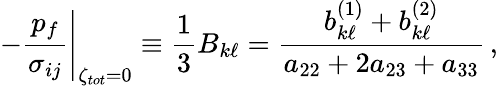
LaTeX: \left.-\frac{p_{f}}{\sigma_{ij}}\right|_{\zeta_{tot}=0}\equiv\frac{1}{3}B_{k\ell}=\frac{b_{k\ell}^{(1)}+b_{k\ell}^{(2)}}{a_{22}+2a_{23}+a_{33}}\, ,